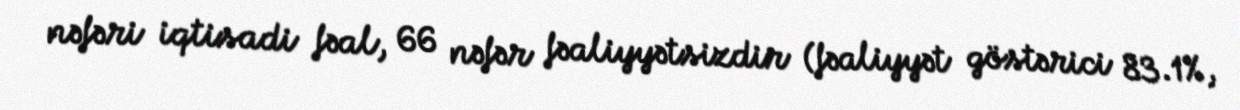
nəfəri iqtisadi fəal, 66 nəfər fəaliyyətsizdir (fəaliyyət göstərici 83.1%,